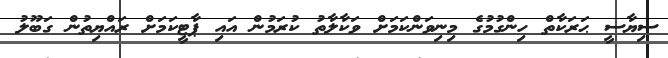
ސިޔާސީ ޙަރަކާތް ހިންގުމުގެ މިނިވަންކަމަށް ވަކާލާތު ކުރަމުން އައި ޕާޓީކަމަށް ރައްޔިތުން ގަބޫލު